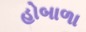
હોબાળા